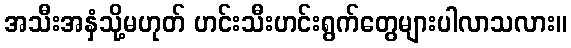
အသီးအနှံသို့မဟုတ် ဟင်းသီးဟင်းရွက်တွေများပါလာသလား။